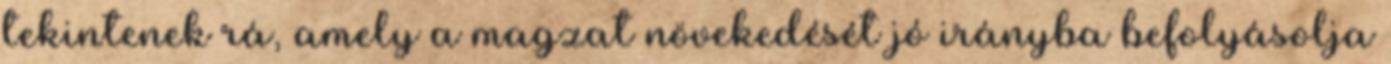
tekintenek rá, amely a magzat növekedését jó irányba befolyásolja